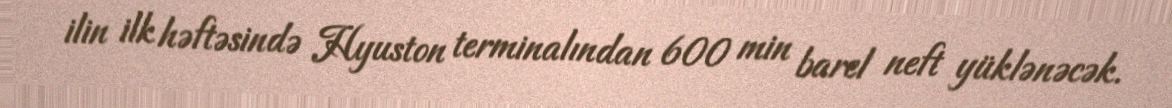
ilin ilk həftəsində Hyuston terminalından 600 min barel neft yüklənəcək.